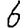
Digit: 6